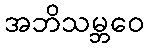
အဘိသမ္ဘဝေ